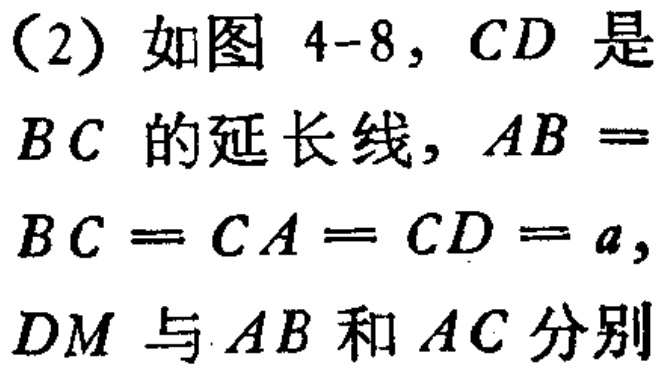
（2）如图 4-8，$CD$ 是$BC$ 的延长线，$AB =BC = CA = CD = a$，$DM$ 与$AB$ 和$AC$ 分别